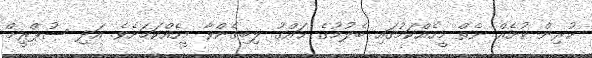
ކުރިން ކުށެއް ނެތް މީހެއްކަމުގައި ބެލުމުގެ ޙައްޤު ލިބިގެންވާ މީހެއްކަމަށެވެ. އަދި ސުޕްރީމް